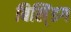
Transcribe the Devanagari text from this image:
बिलि्ंडग